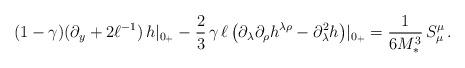
LaTeX: \begin{align*}(1-\gamma) (\partial_y + 2\ell^{-1})\,h|_{0_+}-\frac{2}{3}\,\gamma\,\ell\,\big(\partial_\lambda\partial_\rho h^{\lambda\rho}-\partial_\lambda^2 h\big)|_{0_+}=\frac{1}{6M_*^3}\,S_\mu^\mu\,.\end{align*}